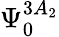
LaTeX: \Psi_{0}^{3A_{2}}